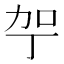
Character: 𪟗